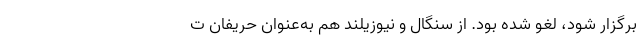
برگزار شود، لغو شده بود. از سنگال و نیوزیلند هم به‌عنوان حریفان ت